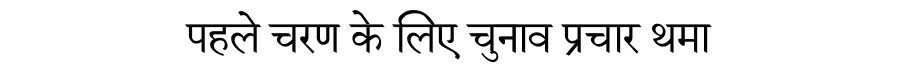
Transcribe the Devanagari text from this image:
पहले चरण के लिए चुनाव प्रचार थमा